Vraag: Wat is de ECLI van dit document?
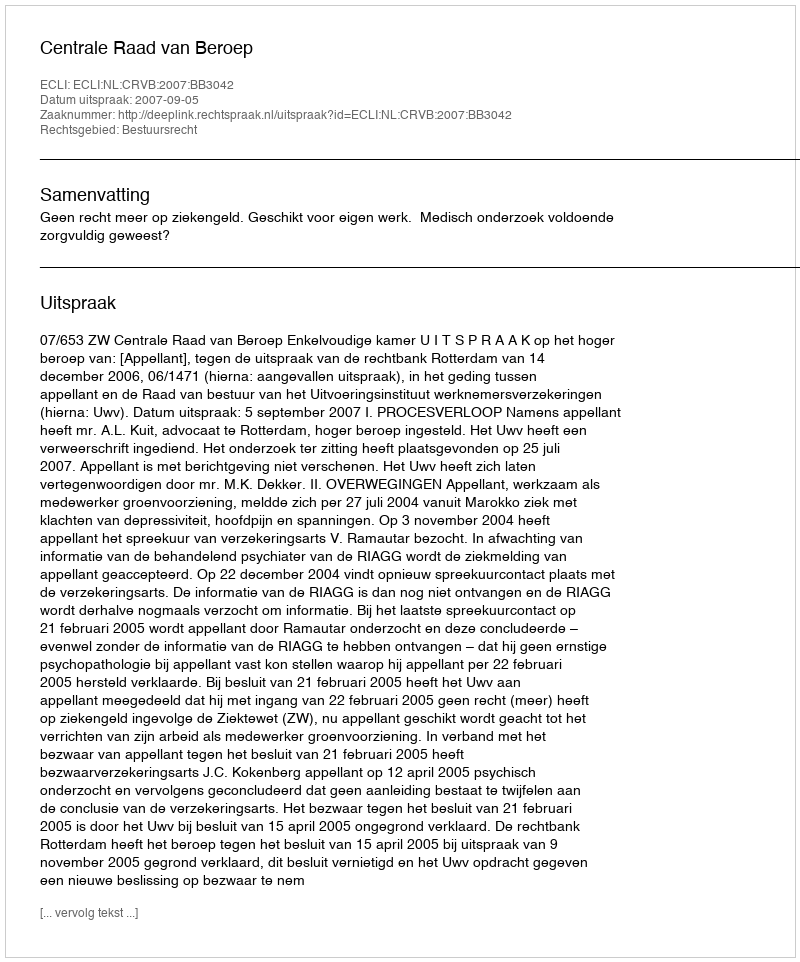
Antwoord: ECLI:NL:CRVB:2007:BB3042